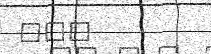
١٦٠